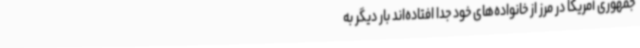
جمهوری آمریکا در مرز از خانواده‌های خود جدا افتاده‌اند بار دیگر به